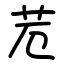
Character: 苊